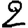
Digit: 2